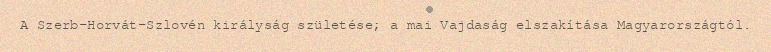
A Szerb-Horvát-Szlovén királyság születése; a mai Vajdaság elszakítása Magyarországtól.